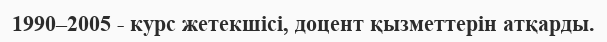
1990–2005 - курс жетекшісі, доцент қызметтерін атқарды.